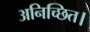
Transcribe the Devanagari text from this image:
अनिच्छित।